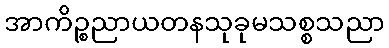
အာကိဉ္စညာယတနသုခုမသစ္စသညာ